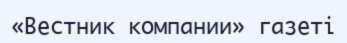
«Вестник компании» газеті